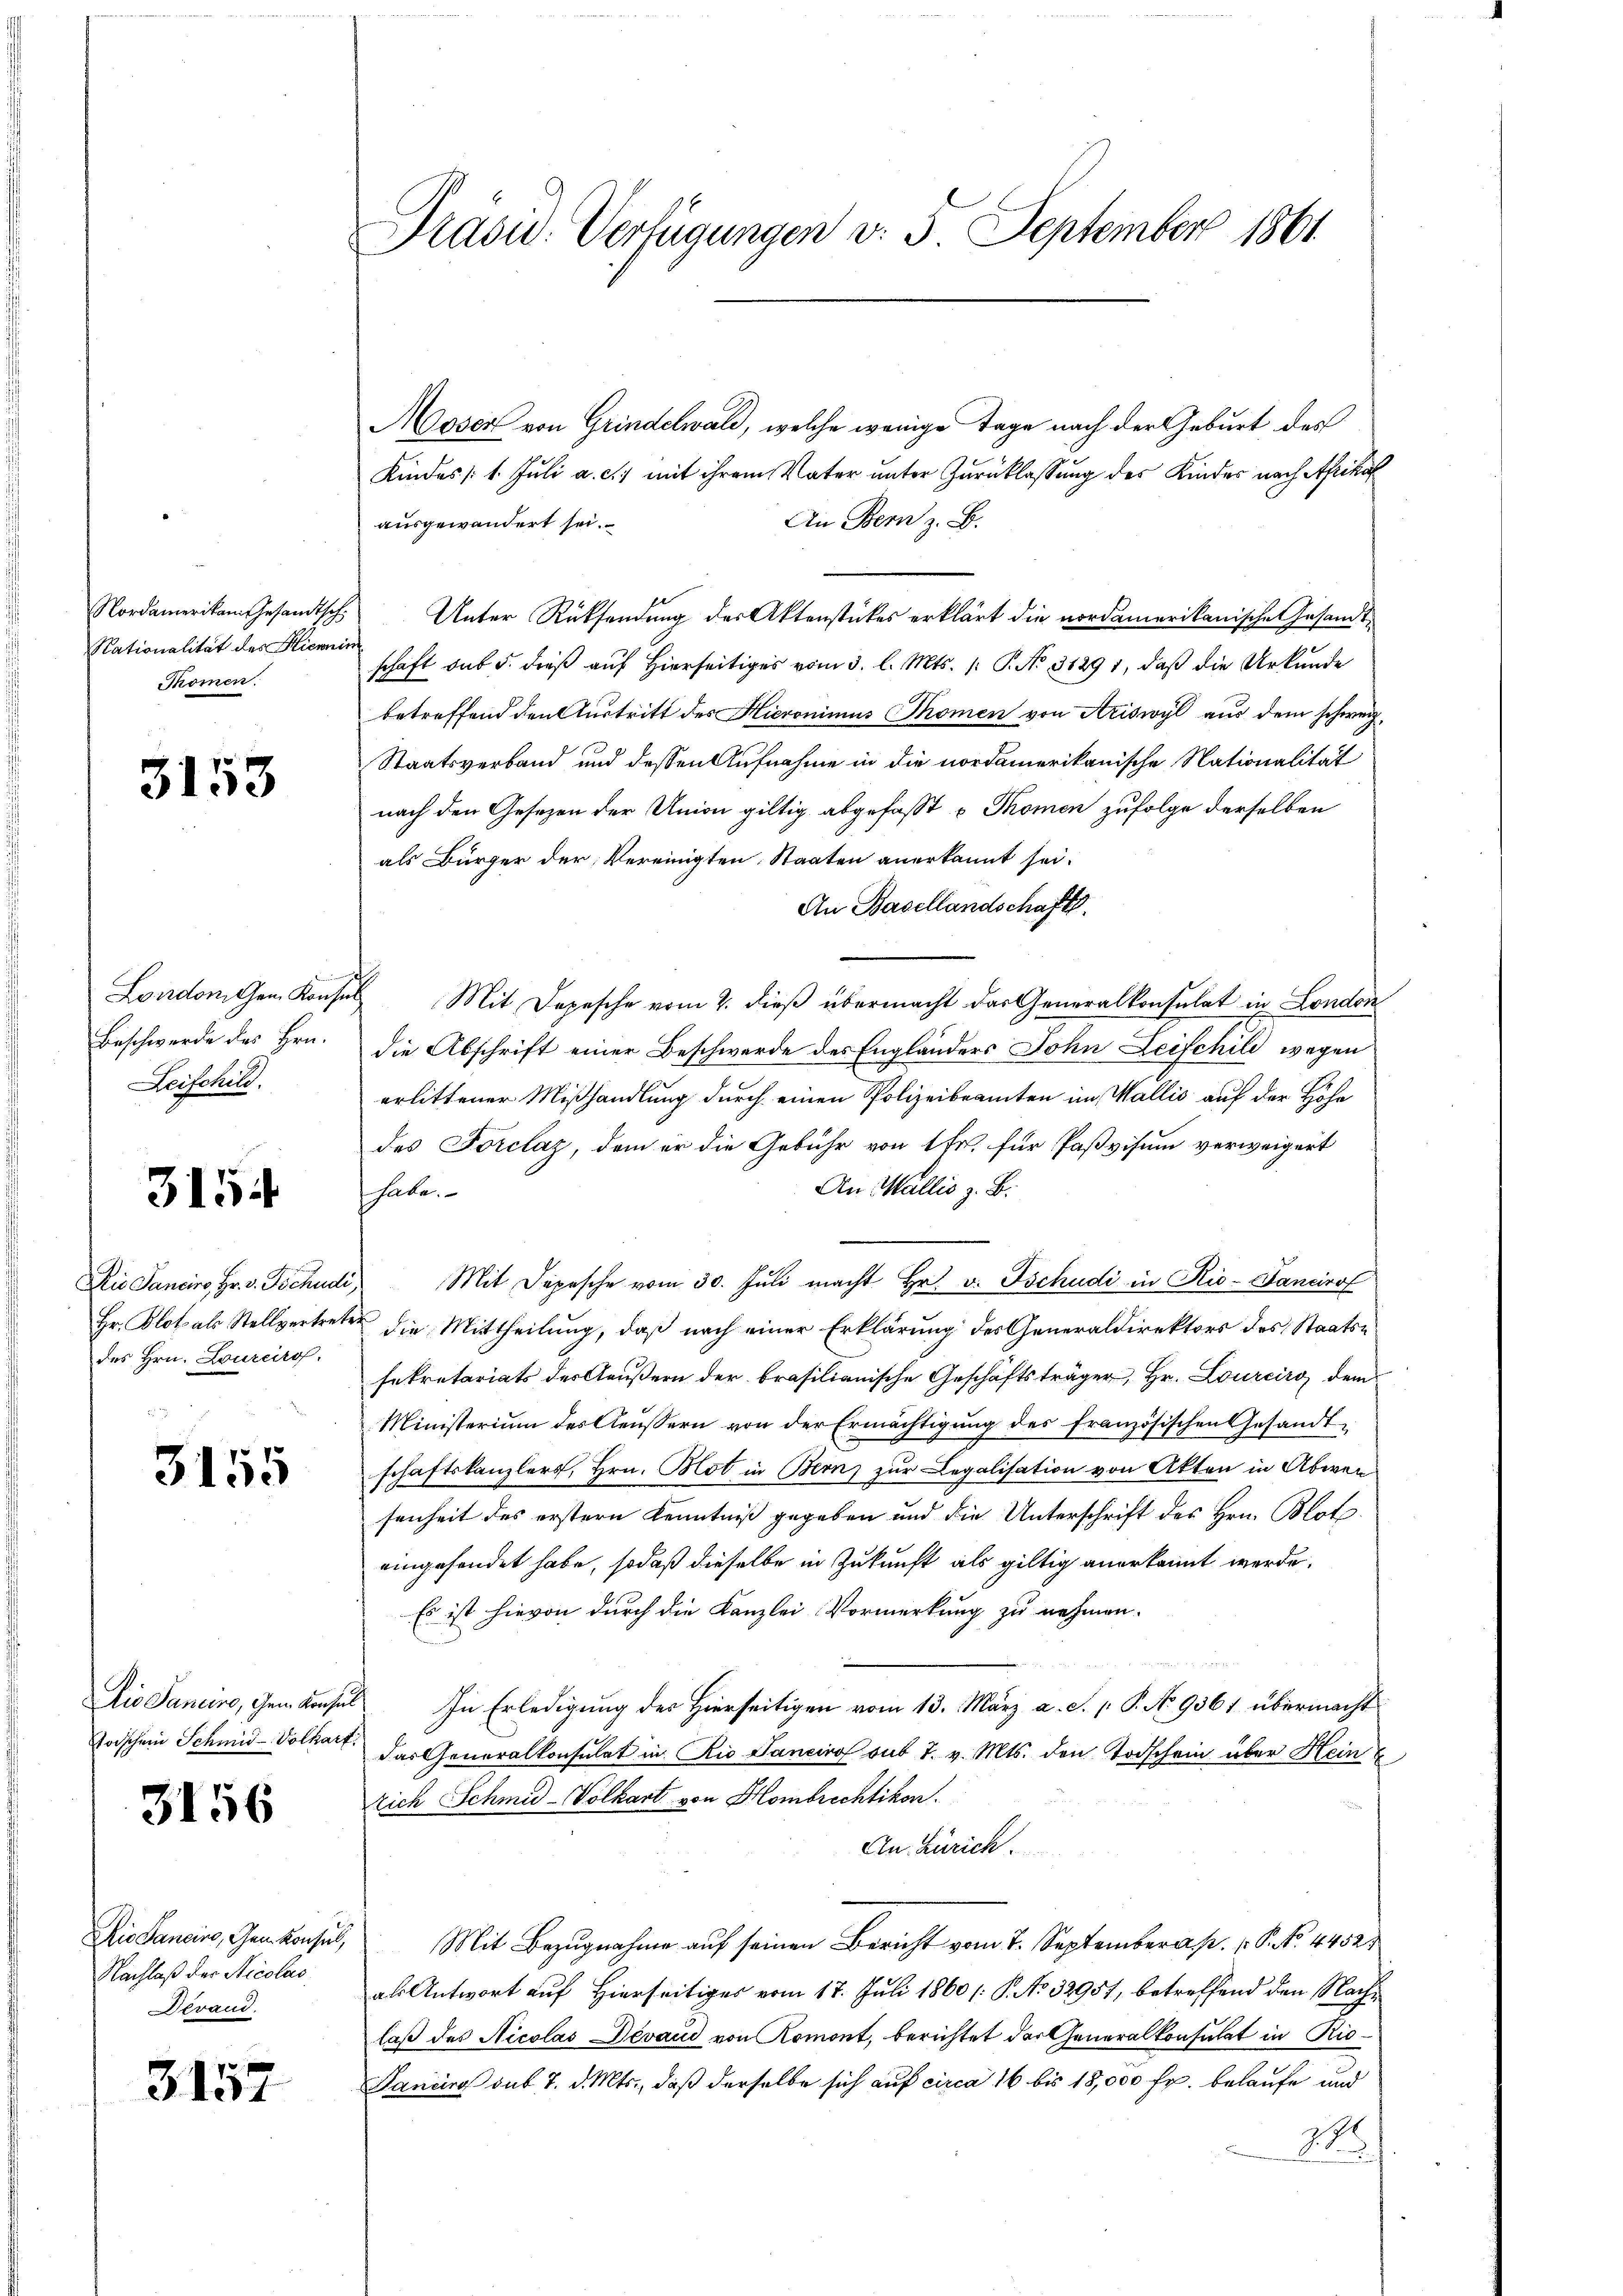
Nordamerikan Gesandtsch
Nationalität des Hiernim
Thomen.

3153

London Cham Konsul
Beschwerde des Hrn.
Leischild.

3154

Dis Pancino Hr. v. Tschudi,
Hr. Blot als Stellvertrete
des Hrn. Lourcaro

3155

Dis Sandere, Gem. Konsul
Stoischein Schmid Volkart

3156

Die Sancire, Gem Konsul,
Nachlaß der Nicolas
Derand.

3157

Präsid.. Verfügungen v. 5. September 1861

Moser von Grindelwald, welche wenige Tage nach der Geburt des
Kindes /: 1. Juli a. c.) mit ihrem Vater unter Zurücklassung des Kinder nach Aprikaf
An Bern z. B.
ausgewandert sei.
Unter Rücksendung des Aktenstückes erklärt die nordamerikanische Gesandtschaft das 5. dieß auf Hierseitiges vom 3. l. Mts. 1. P. No 31291, daß die Urkunde
betreffend den Austritt des Hieronimus Thomen von Ariswyl aus dem schweiz¬
Staatsverband und dessen Aufnahme in die nordamerikanische Nationalität
nach den Gesetzen der Union giltig abgefasst u Thomen zufolge derselben
als Bürger der Vereinigten Staaten anerkannt sei.
An Basellandschaft.
Mit Depesche vom 2. dieß übermacht das Generalkonsulat in London
die Abschrift einer Beschwerde des Engländers John Leischild wegen
erlittener Mißhandlung durch einen Polizeibeamten im Wallis auf der Höhe
des Forclaz, dem er die Gebühr von 1 Fr. für Paßvisum verweigert
An Wallis z. B.
hate.
 Mit Depesche vom 30. Juli macht Hr. v. Tschudi in Rio-Fancirof
u die Mittheilung, daß nach einer Erklärung des Generaldirektors des Staatssekretariats des Aeußern der brasilianische Geschäftsträger, Hr. Lourciro, dem
Ministerium des Aeussern von der Ermächtigung des französischen Gesandtschaftskanzlers, Hrn. Blot in Bern zur Legalisation von Akten in Abwen
senheit des erstern Kenntniß gegeben und die Unterschrift des Hrn. Blot
eingesendet habe, sodaß dieselbe in Zukunft als giltig anerkannt werde.
Es ist hievon durch die Kanzlei Vormerkung zu nehmen.
In Erledigung des Hierseitigen vom 13. März a. c. p. P. No 9361 übermacht
das Generalkonsulat in Rio Sanciro sub 7. v. Mts. den Todschein über Hein
rich Schmid-Volkart von Hombrechtikon.
An Zürich
Mit Bezugnahme auf seinen Bericht vom 7. September. P. No. 4452
als Antwort auf Hierseitiges vom 17. Juli 1860 /: P. No 32951, betreffend den Nachlaß des Nicolas Devaud von Romont, berichtet der Generalkonsulat in Ric
Janeiro sub 7. d. Mts., daß derselbe sich auf circa 16 bis 18,000 Fr. belaufe und
286